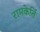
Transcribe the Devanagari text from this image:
रामकेर्ति